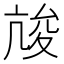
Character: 𡕧